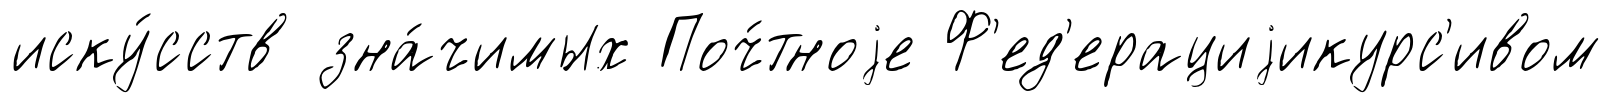
иску́сств зна́чимых Поч́тноjе Ф'ед'ерациjикурс'ивом